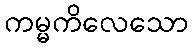
ကမ္မကိလေသော